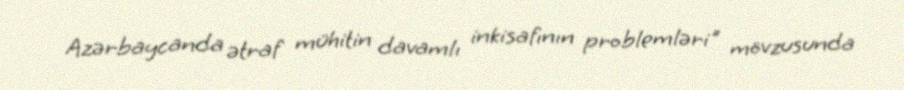
Azərbaycanda ətraf mühitin davamlı inkisafının problemləri" mövzusunda